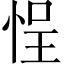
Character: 悜